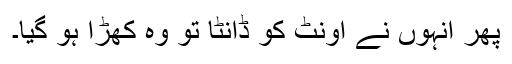
پھر انہوں نے اونٹ کو ڈانٹا تو وہ کھڑا ہو گیا۔